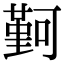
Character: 𫮭